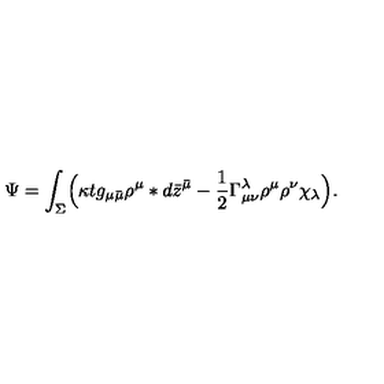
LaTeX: \Psi = \int _ { \Sigma } \Bigl ( \kappa t g _ { \mu \bar { \mu } } \rho ^ { \mu } * d \bar { z } ^ { \bar { \mu } } - \frac { 1 } { 2 } \Gamma _ { \mu \nu } ^ { \lambda } \rho ^ { \mu } \rho ^ { \nu } \chi _ { \lambda } \Bigr ) .